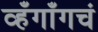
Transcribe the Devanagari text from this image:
व्हँगाँगचं